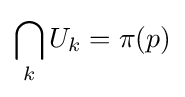
\bigcap _{k}U_{k}=\pi (p)